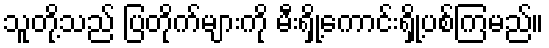
သူတို့သည် ပြတိုက်များကို မီးရှို့ကောင်းရှို့ပစ်ကြမည်။